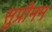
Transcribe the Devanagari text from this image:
सुप्रीमम